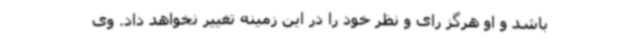
باشد و او هرگز رای و نظر خود را در این زمینه تغییر نخواهد داد. وی